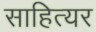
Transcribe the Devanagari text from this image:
साहित्यर